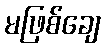
မဖြစ်ချေ